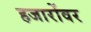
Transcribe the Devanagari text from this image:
हजारोंवर